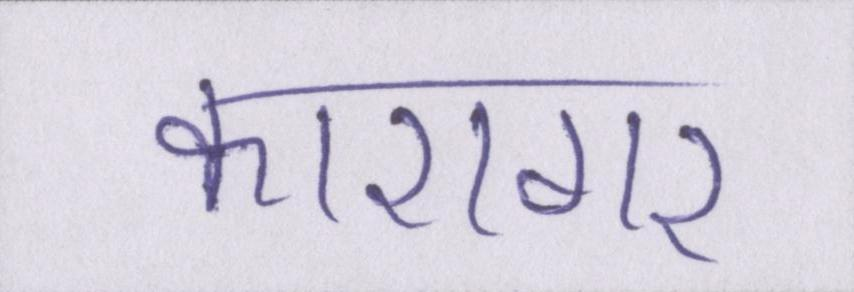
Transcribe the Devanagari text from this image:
कारागर